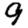
Digit: 9